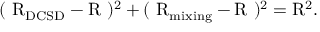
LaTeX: ( ~ \mathrm { R } _ { \mathrm { D C S D } } - \mathrm { R } ~ ) ^ { 2 } + ( ~ \mathrm { R } _ { \mathrm { m i x i n g } } - \mathrm { R } ~ ) ^ { 2 } = \mathrm { R } ^ { 2 } .